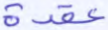
عقدة